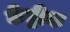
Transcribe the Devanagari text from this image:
केंड्रीक